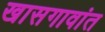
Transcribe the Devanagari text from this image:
खासगावांत